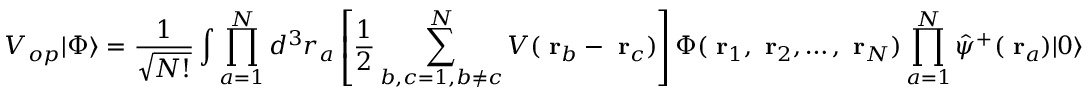
V _ { o p } | \Phi \rangle = \frac { 1 } { \sqrt { N ! } } \int \prod _ { a = 1 } ^ { N } d ^ { 3 } r _ { a } \left[ \frac { 1 } { 2 } \sum _ { b , c = 1 , b \ne c } ^ { N } V ( \mathrm { \bf ~ r } _ { b } - \mathrm { \bf ~ r } _ { c } ) \right] \Phi ( \mathrm { \bf ~ r } _ { 1 } , \mathrm { \bf ~ r } _ { 2 } , \dots , \mathrm { \bf ~ r } _ { N } ) \prod _ { a = 1 } ^ { N } \hat { \psi } ^ { + } ( \mathrm { \bf ~ r } _ { a } ) | 0 \rangle